Statistics of inoculations with Haffkine's anti-plague vaccine 1897-1900
Year: 1897
Disease focus: Plague
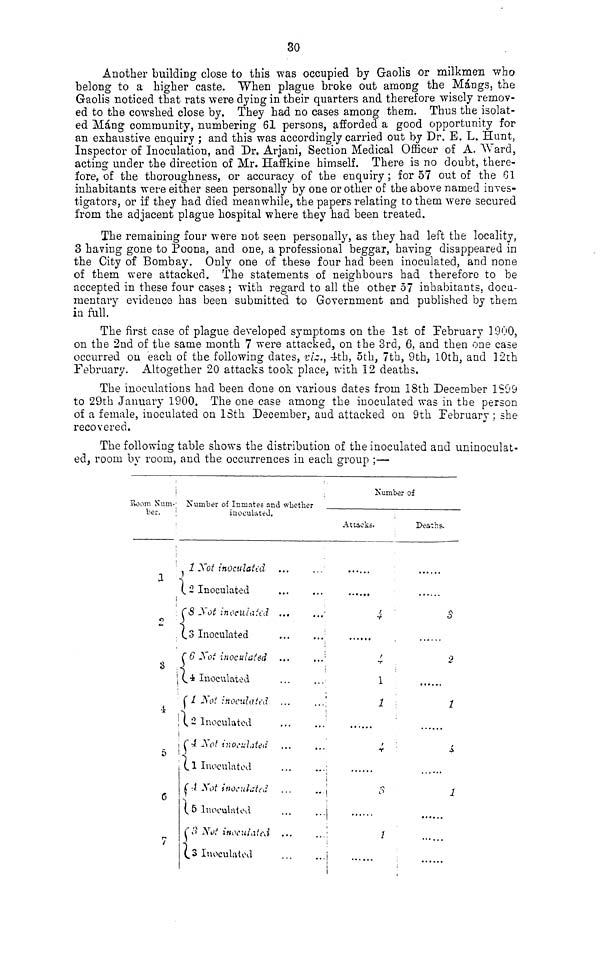
30
Another building close to this was occupied by Gaolis or milkmen who
belong to a higher caste. When plague broke out among the Mángs, the
Gaolis noticed that rats were dying in their quarters and therefore wisely remov-
ed to the cowshed close by. They had no cases among them. Thus the isolat-
ed Máng community, numbering 61 persons, afforded a good opportunity for
an exhaustive enquiry ; and this was accordingly carried out by Dr. E. L. Hunt,
Inspector of Inoculation, and Dr. Arjani, Section Medical Officer of A. Ward,
acting under the direction of Mr. Haffkine himself. There is no doubt, there-
fore, of the thoroughness, or accuracy of the enquiry; for 57 out of the 61
inhabitants were either seen personally by one or other of the above named inves-
tigators, or if they had died meanwhile, the papers relating to them were secured
from the adjacent plague hospital where they had been treated.
The remaining four were not seen personally, as they had left the locality,
3 having gone to Poona, and one, a professional beggar, having disappeared in
the City of Bombay. Only one of these four had been inoculated, and none
of them were attacked. The statements of neighbours had therefore to be
accepted in these four cases ; with regard to all the other 57 inhabitants, docu-
mentary evidence has been submitted to Government and published by them
in full.
The first case of plague developed symptoms on the 1st of February 1900,
on the 2nd of the same month 7 were attacked, on the 3rd, 6, and then one case
occurred on each of the following dates, viz., 4th, 5th, 7th, 9th, 10th, and 12th
February. Altogether 20 attacks took place, with 12 deaths.
The inoculations had been done on various dates from 18th December 1899
to 29th January 1900. The one case among the inoculated was in the person
of a female, inoculated on 18th December, and attacked on 9th February ; she
recovered.
The following table shows the distribution of the inoculated and uninoculat-
ed, room by room, and the occurrences in each group ;—
Room Num-
ber.
1
2
3
4
5
6
7
Number of Inmates and whether
inoculated,
1 Not inoculated
2 Inoculated
8 Not inoculated
3 Inoculated
6 Not inoculated
4 Inoculated
1 Not inoculated
2 Inoculated
4 Not inoculated
1 Inoculated
4 Not inoculated
5 Inoculated
3 Not inoculated
3 Inoculated
...
...
...
...
...
...
...
...
...
...
...
...
...
...
...
...
...
...
...
...
...
...
...
...
..
...
...
...
Number of
Attacks.
......
......
......
......
......
......
4
4
1
1
4
3
1
Deaths.
......
......
......
......
......
......
......
......
5
2
1
4
1